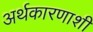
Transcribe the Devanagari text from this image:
अर्थकारणाशी